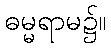
ဓမ္မရာမ၌။